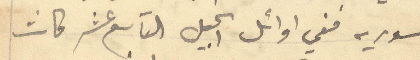
سوريه ففي اوائل الجيل التاسع عشر كانت